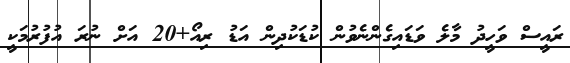
ރައީސް ވަހީދު މާލެ ވަޑައިގެންނެވުން ކުޑަކުދިން އަޑު ރިއޯ+20 އަށް ނުރަ އުފުރުމަކީ